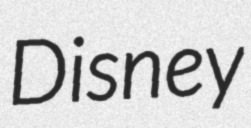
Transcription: Disney